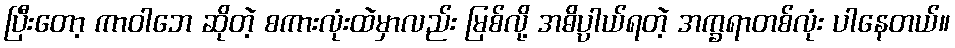
ပြီးတော့ ကာဝါဘေ ဆိုတဲ့ စကားလုံးထဲမှာလည်း မြစ်လို့ အဓိပ္ပာယ်ရတဲ့ အက္ခရာတစ်လုံး ပါနေတယ်။